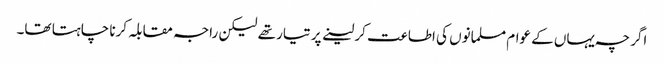
اگرچہ یہاں کے عوام مسلمانوں کی اطاعت کر لینے پر تیار تھے لیکن راجہ مقابلہ کرنا چاہتا تھا۔